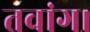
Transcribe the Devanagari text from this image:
तवांग।